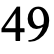
49